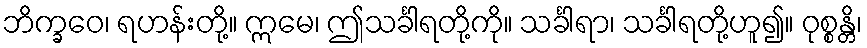
ဘိက္ခဝေ၊ ရဟန်းတို့။ ဣမေ၊ ဤသင်္ခါရတို့ကို။ သင်္ခါရာ၊ သင်္ခါရတို့ဟူ၍။ ဝုစ္စန္တိ၊